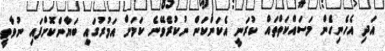
އަދި އެހެނިހެން މަސައްކަތްތައް ކުރަނީ އެކަންކަން ނުކުރެވޭނެ ކަމަށް އަމުރުގައި ބަޔާންކޮށްފައި ނުވާތީ